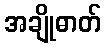
အချိုဓာတ်